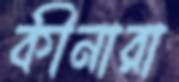
কীনারা